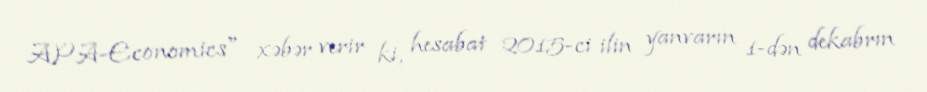
APA-Economics" xəbər verir ki, hesabat 2015-ci ilin yanvarın 1-dən dekabrın